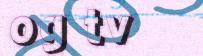
og tv